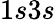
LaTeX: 1s3s